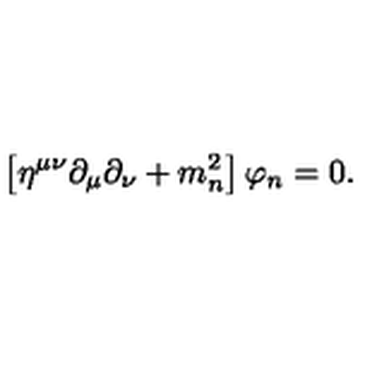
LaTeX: \left[ \eta ^ { \mu \nu } \partial _ { \mu } \partial _ { \nu } + m _ { n } ^ { 2 } \right] \varphi _ { n } = 0 .